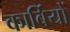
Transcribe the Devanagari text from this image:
कार्बियों